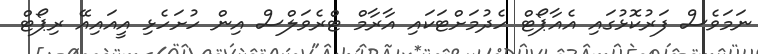
ނަމަވެސް ފަރުކޮޅުގައި އެއާޕޯޓް ހެދުމަށްޓަކައި އާރާމް ޓްރެވަލްސް އިން ހުށަހެޅި އީއައިއޭ ރިޕޯޓް